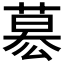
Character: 𮐋